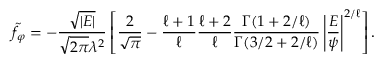
\tilde { f } _ { \varphi } = - { \frac { \sqrt { | { \cal E } | } } { \sqrt { 2 \pi } \lambda ^ { 2 } } } \left[ { \frac { 2 } { \sqrt { \pi } } } - { \frac { \ell + 1 } { \ell } } { \frac { \ell + 2 } { \ell } } { \frac { \Gamma ( 1 + 2 / \ell ) } { \Gamma ( 3 / 2 + 2 / \ell ) } } \left| \frac { \cal E } { \psi } \right| ^ { 2 / \ell } \right] .